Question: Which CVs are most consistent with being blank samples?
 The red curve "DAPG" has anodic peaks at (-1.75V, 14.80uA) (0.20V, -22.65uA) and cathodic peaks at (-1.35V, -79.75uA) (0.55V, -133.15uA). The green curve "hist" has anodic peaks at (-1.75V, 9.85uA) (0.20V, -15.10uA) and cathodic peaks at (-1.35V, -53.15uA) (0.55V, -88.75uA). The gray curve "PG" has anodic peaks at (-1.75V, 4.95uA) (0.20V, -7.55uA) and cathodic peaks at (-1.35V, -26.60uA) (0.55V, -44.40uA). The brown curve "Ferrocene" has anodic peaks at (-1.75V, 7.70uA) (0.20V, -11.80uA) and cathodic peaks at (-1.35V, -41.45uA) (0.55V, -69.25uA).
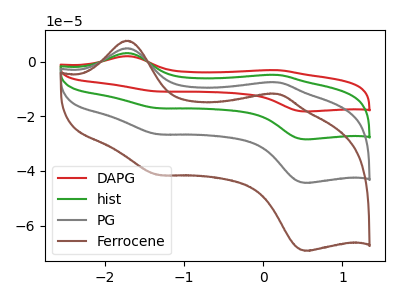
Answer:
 <answer>There are not any CV's on this graph that are likely to be blanks.</answer>
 <eval>none</eval>